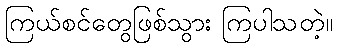
ကြယ်စင်တွေဖြစ်သွား ကြပါသတဲ့။